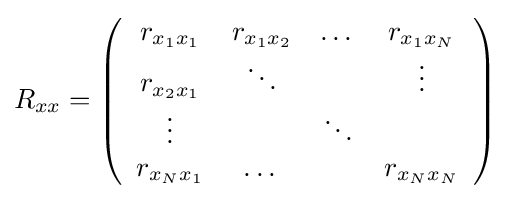
R_{xx}=\left({\begin{array}{cccc}r_{x_{1}x_{1}}&r_{x_{1}x_{2}}&\dots &r_{x_{1}x_{N}}\\r_{x_{2}x_{1}}&\ddots &&\vdots \\\vdots &&\ddots &\\r_{x_{N}x_{1}}&\dots &&r_{x_{N}x_{N}}\end{array}}\right)